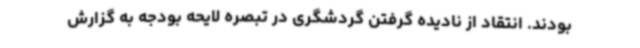
بودند. انتقاد از نادیده گرفتن گردشگری در تبصره لایحه بودجه به گزارش